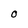
Character: O